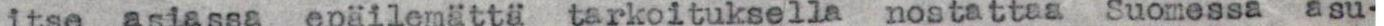
itse asiassa epäilemättä tarkoituksella nostattaa Suomessa  asu-